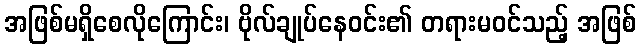
အဖြစ်မရှိစေလိုကြောင်း၊ ဗိုလ်ချုပ်နေဝင်း၏ တရားမဝင်သည့် အဖြစ်